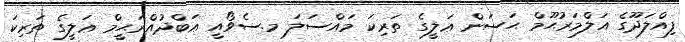
ފިއްލަދޫގެ އަލްމަރުޙޫމް ޙަސަން ޢަލީގެ ތަރިކަ މައްސަލަ މ.ސެވޯއީ ޢަބްދުއްރަޙީމް ޢަލީގެ ތަރިކަ